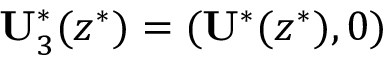
\mathbf { U } _ { 3 } ^ { * } ( z ^ { * } ) = ( \mathbf { U } ^ { * } ( z ^ { * } ) , 0 )